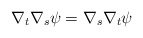
\begin{align*}\nabla_{t}\nabla_{s} \psi= \nabla_{s}\nabla_{t} \psi \end{align*}